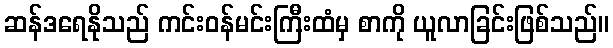
ဆန်ဒရေနိုသည် ကင်းဝန်မင်းကြီးထံမှ စာကို ယူလာခြင်းဖြစ်သည်။